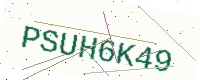
Text: PSUH6K49